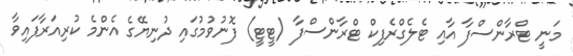
މަނީ ޓްރާންސްފާ އާއި ޓެލެގްރެފިކް ޓްރާންސްފާ (ޓީޓީ) ފޮނުވުމުގައި ދުނިޔޭގެ އެންމެ ކުރިއަރާފައިވާ